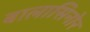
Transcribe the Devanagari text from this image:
बालासिनोर